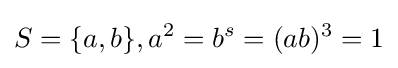
S=\{a,b\},a^{2}=b^{s}=(ab)^{3}=1